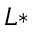
L *